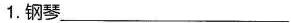
1.钢琴__________